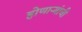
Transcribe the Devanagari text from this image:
होणार्‍यांची